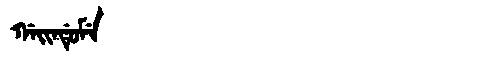
Manchu: ᡤᠠᡳᠨᡩᡠᠮᡝ
Romanization: GAINDUME